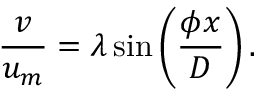
\frac { v } { u _ { m } } = \lambda \sin \left( \frac { \phi x } { D } \right) .